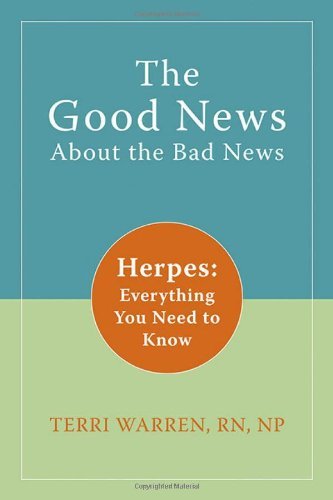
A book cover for The Good News About the Bad News: Herpes: Everything You Need to Know [Paperback] [2009] (Author) Terri Warren RN NP; Health, Fitness & Dieting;